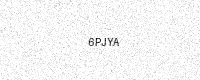
Text: 6PJYA